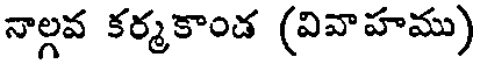
నాల్గవ కర్మకాండ (వివాహము)